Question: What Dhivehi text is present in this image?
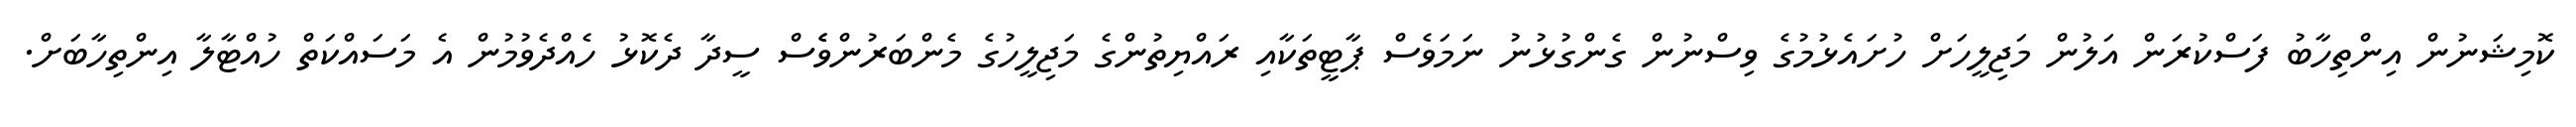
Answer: ކޮމިޝަނުން އިންތިހާބު ފަސްކުރަން އަލުން މަޖިލީހަށް ހުށައެޅުމުގެ ވިސްނުން ގެންގުޅުނު ނަމަވެސް ޕާޓީތަކާއި ރައްޔިތުންގެ މަޖިލީހުގެ މެންބަރުންވެެސް ސީދާ ދެކޮޅު ހެއްދެވުމުން އެ މަސައްކަތް ހުއްޓާލާ އިންތިހާބަށް.